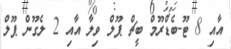
އާއި 8 ޓޫ-ބެޑްރޫމް ބީޗް ޕޫލް ވިލާ އާއި 2 ލެގޫން ޕޫލް